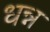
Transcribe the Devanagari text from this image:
धन्न